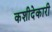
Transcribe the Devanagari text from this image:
कशीदेकारी